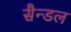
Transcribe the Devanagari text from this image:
सैन्डल